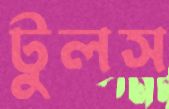
টুলস